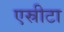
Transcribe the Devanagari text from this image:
एस्रीटा